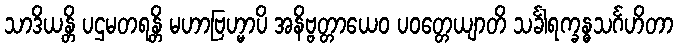
သာဒိယန္တိ ပဌမတရန္တိ မဟာဗြဟ္မာပိ အနိဗ္ဗတ္တာယေဝ ပဝတ္တေယျာတိ သင်္ခါရက္ခန္ဓသင်္ဂဟိတာ